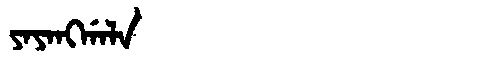
Manchu: ᠶᠠᠶᠠᠩᡤᠠᠯᠠ
Romanization: YAYANGGALA